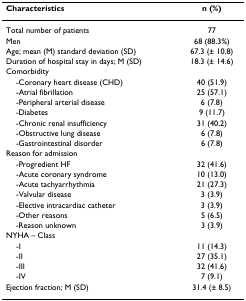
<table><thead><tr><td><b>Characteristics</b></td><td><b>n (%)</b></td></tr></thead><tbody><tr><td>Total number of patients</td><td>77</td></tr><tr><td>Men</td><td>68 (88.3%)</td></tr><tr><td>Age; mean (M) standard deviation (SD)</td><td>67.3 (± 10.8)</td></tr><tr><td>Duration of hospital stay in days; M (SD)</td><td>18.3 (± 14.6)</td></tr><tr><td>Comorbidity</td><td></td></tr><tr><td> -Coronary heart disease (CHD)</td><td>40 (51.9)</td></tr><tr><td> -Atrial fibrillation</td><td>25 (57.1)</td></tr><tr><td> -Peripheral arterial disease</td><td>6 (7.8)</td></tr><tr><td> -Diabetes</td><td>9 (11.7)</td></tr><tr><td> -Chronic renal insufficiency</td><td>31 (40,2)</td></tr><tr><td> -Obstructive lung disease</td><td>6 (7.8)</td></tr><tr><td> -Gastrointestinal disorder</td><td>6 (7.8)</td></tr><tr><td>Reason for admission</td><td></td></tr><tr><td> -Progredient HF</td><td>32 (41.6)</td></tr><tr><td> -Acute coronary syndrome</td><td>10 (13.0)</td></tr><tr><td> -Acute tachyarrhythmia</td><td>21 (27.3)</td></tr><tr><td> -Valvular disease</td><td>3 (3.9)</td></tr><tr><td> -Elective intracardiac catheter</td><td>3 (3.9)</td></tr><tr><td> -Other reasons</td><td>5 (6.5)</td></tr><tr><td> -Reason unknown</td><td>3 (3.9)</td></tr><tr><td>NYHA – Class</td><td></td></tr><tr><td> -I</td><td>11 (14.3)</td></tr><tr><td> -II</td><td>27 (35.1)</td></tr><tr><td> -III</td><td>32 (41.6)</td></tr><tr><td> -IV</td><td>7 (9.1)</td></tr><tr><td>Ejection fraction; M (SD)</td><td>31.4 (± 8.5)</td></tr></tbody></table>